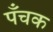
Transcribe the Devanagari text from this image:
पँचक